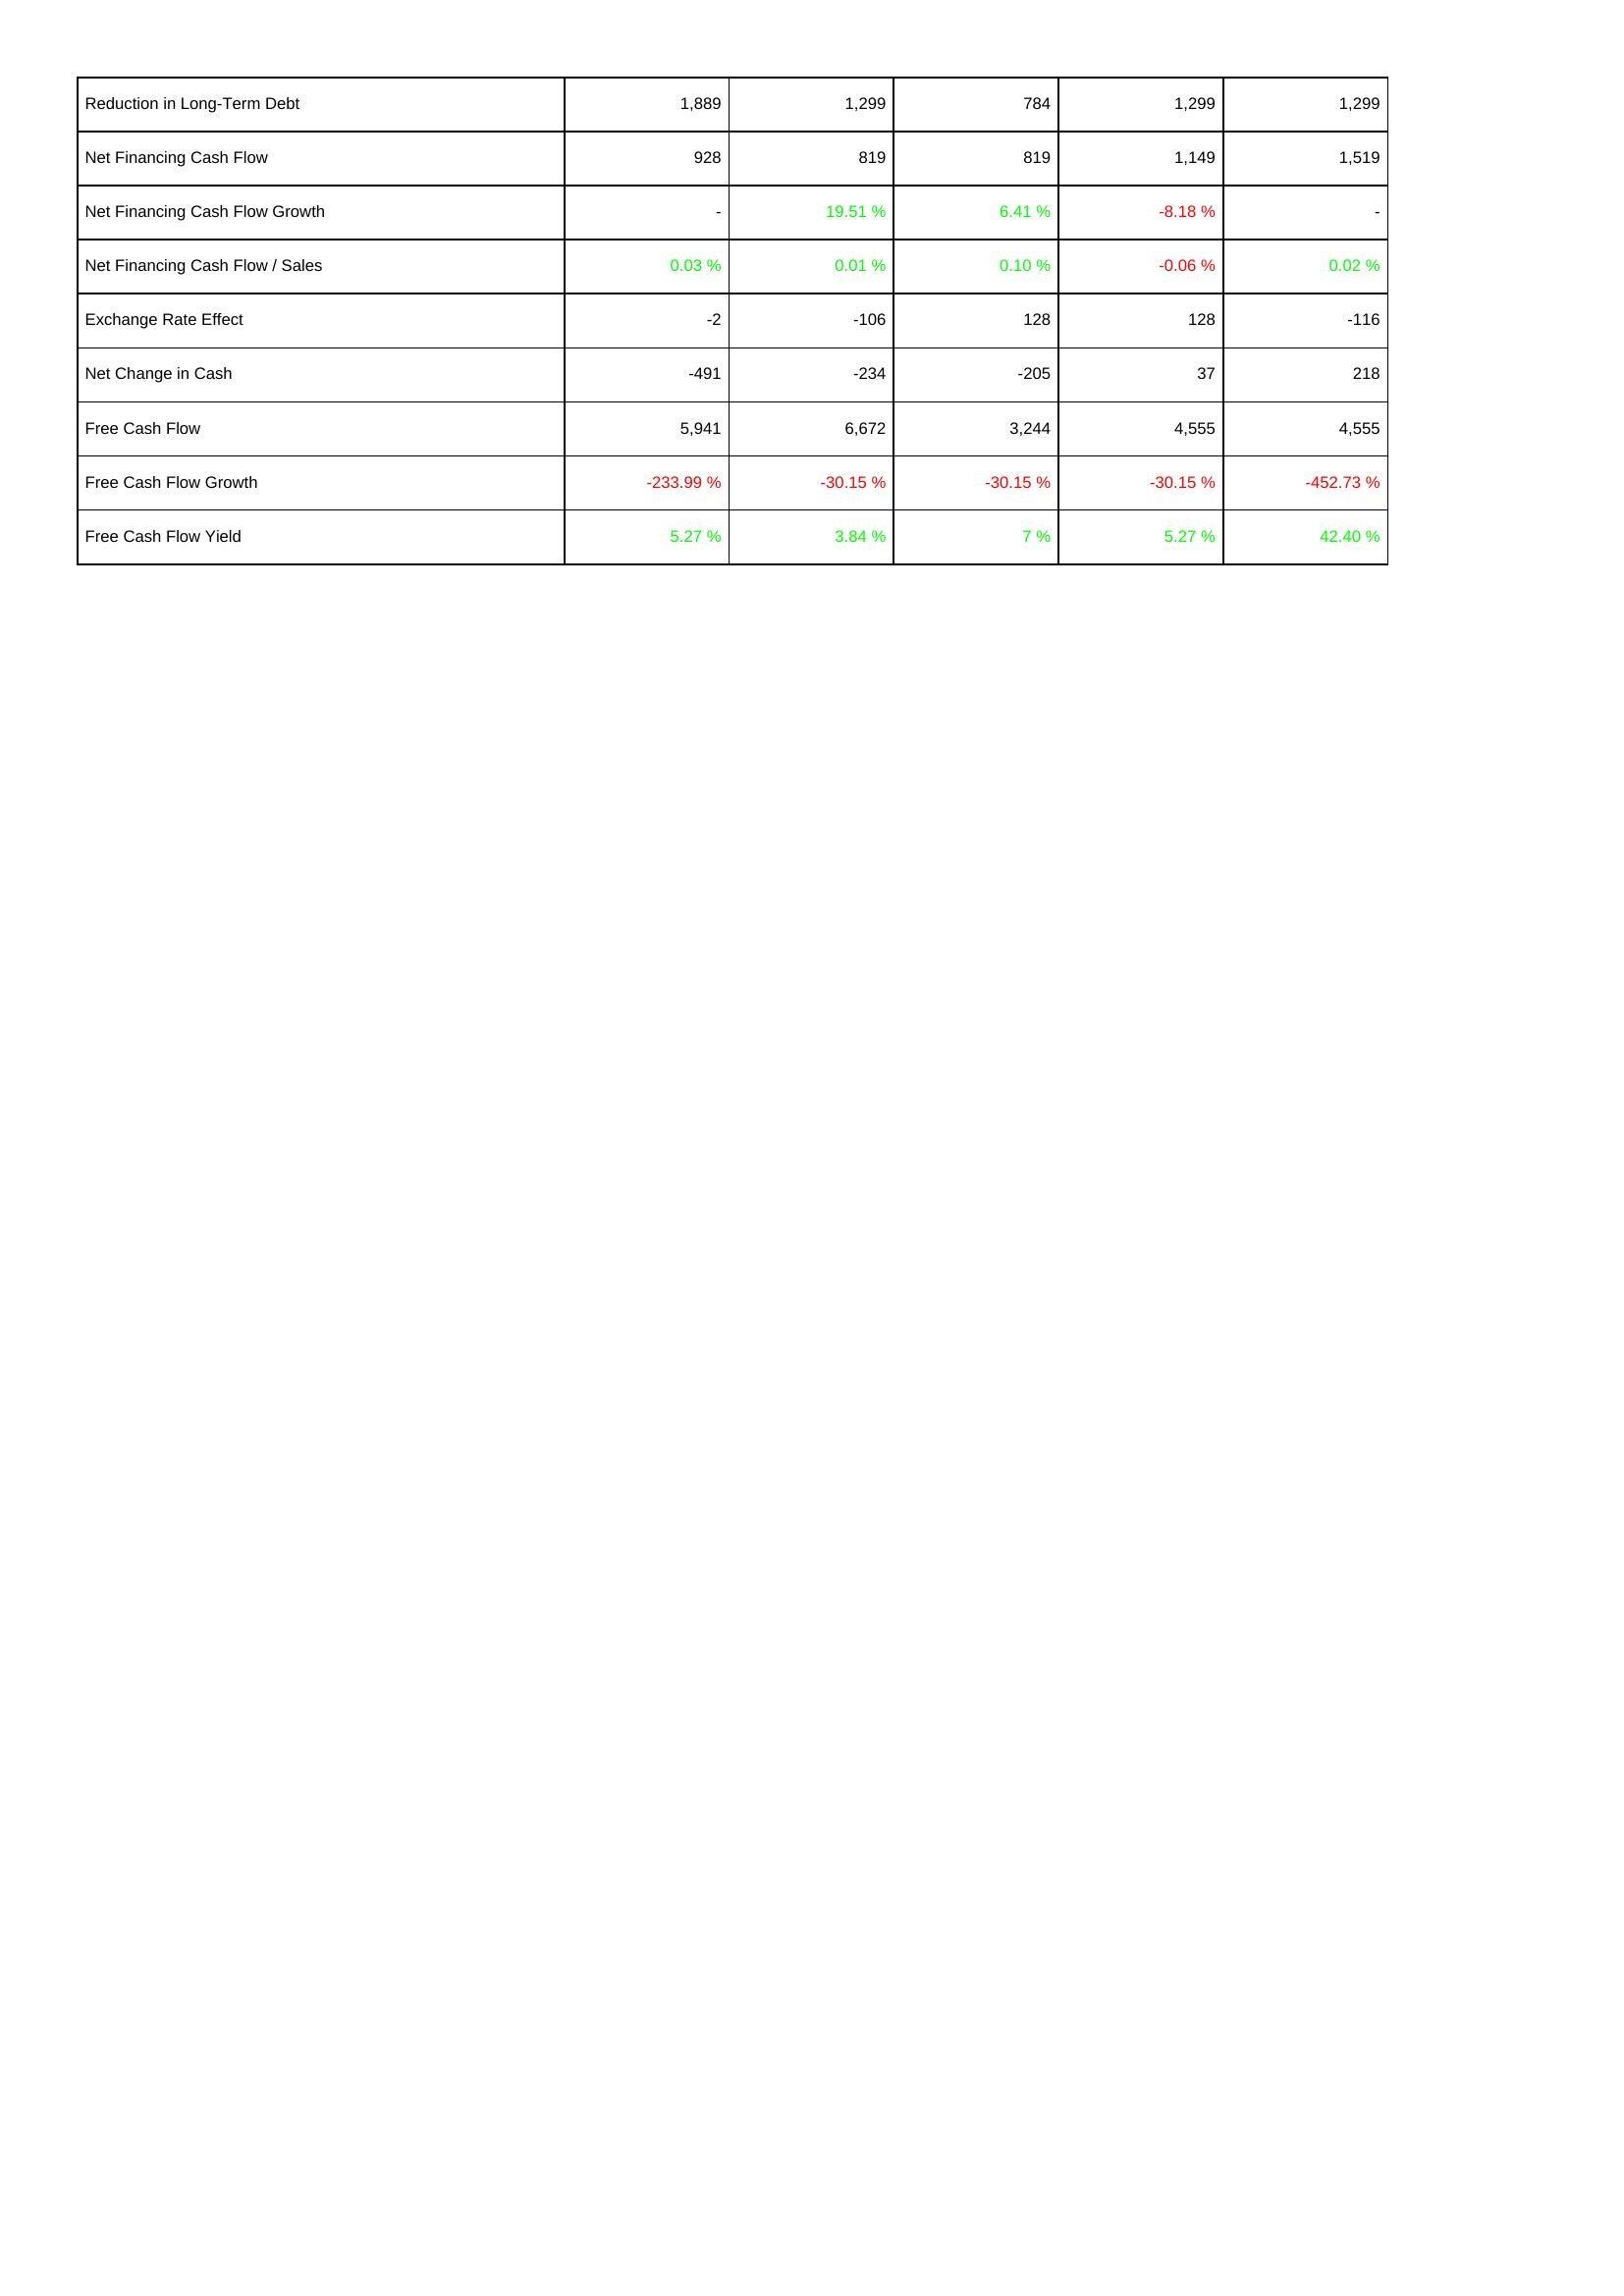
2015: Financing Activities: Reduction in Long-Term Debt: 1,889
Net Financing Cash Flow: 928
Net Financing Cash Flow Growth: -
Net Financing Cash Flow / Sales: 0.03 %
Exchange Rate Effect: -2
Net Change in Cash: -491
Free Cash Flow: 5,941
Free Cash Flow Growth: -233.99 %
Free Cash Flow Yield: 5.27 %
2016: Financing Activities: Reduction in Long-Term Debt: 1,299
Net Financing Cash Flow: 819
Net Financing Cash Flow Growth: 19.51 %
Net Financing Cash Flow / Sales: 0.01 %
Exchange Rate Effect: -106
Net Change in Cash: -234
Free Cash Flow: 6,672
Free Cash Flow Growth: -30.15 %
Free Cash Flow Yield: 3.84 %
2017: Financing Activities: Reduction in Long-Term Debt: 784
Net Financing Cash Flow: 819
Net Financing Cash Flow Growth: 6.41 %
Net Financing Cash Flow / Sales: 0.10 %
Exchange Rate Effect: 128
Net Change in Cash: -205
Free Cash Flow: 3,244
Free Cash Flow Growth: -30.15 %
Free Cash Flow Yield: 7 %
2018: Financing Activities: Reduction in Long-Term Debt: 1,299
Net Financing Cash Flow: 1,149
Net Financing Cash Flow Growth: -8.18 %
Net Financing Cash Flow / Sales: -0.06 %
Exchange Rate Effect: 128
Net Change in Cash: 37
Free Cash Flow: 4,555
Free Cash Flow Growth: -30.15 %
Free Cash Flow Yield: 5.27 %
2019: Financing Activities: Reduction in Long-Term Debt: 1,299
Net Financing Cash Flow: 1,519
Net Financing Cash Flow Growth: -
Net Financing Cash Flow / Sales: 0.02 %
Exchange Rate Effect: -116
Net Change in Cash: 218
Free Cash Flow: 4,555
Free Cash Flow Growth: -452.73 %
Free Cash Flow Yield: 42.40 %